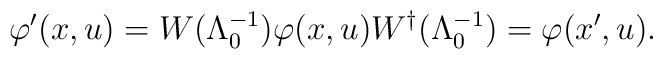
\varphi'(x, u) = W(\Lambda^{-1}_{0}) \varphi(x, u) W^{\dagger}(\Lambda^{-1}_0) = \varphi(x', u).